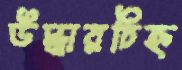
উদ্ধারচিহ্ন